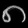
Digit: ၈